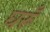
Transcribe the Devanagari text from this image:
घरूँ